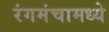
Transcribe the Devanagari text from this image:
रंगमंचामध्ये